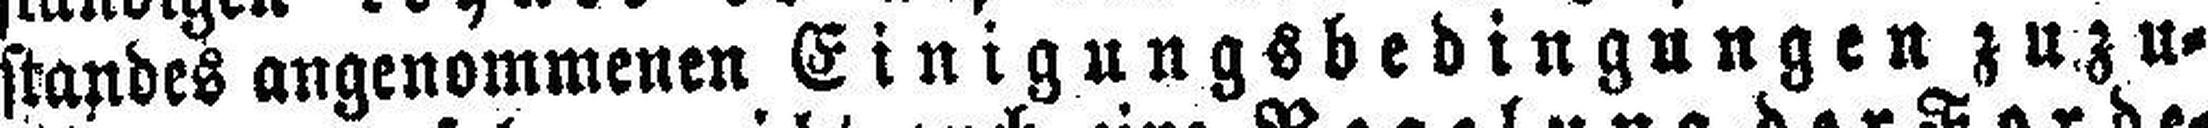
standes angenommenen Einigungsbedingungen zuzu¬